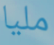
مليا